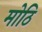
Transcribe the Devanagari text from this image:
मोठि